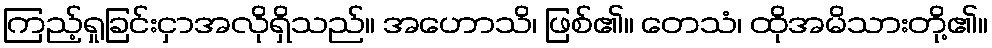
ကြည့်ရှုခြင်းငှာအလိုရှိသည်။ အဟောသိ၊ ဖြစ်၏။ တေသံ၊ ထိုအမိသားတို့၏။